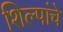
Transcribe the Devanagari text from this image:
शिल्पांचे